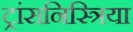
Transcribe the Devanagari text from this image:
ट्रांसनिस्त्रिया